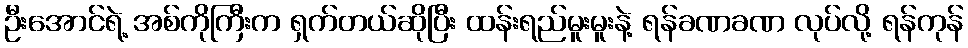
ဦးအောင်ရဲ့ အစ်ကိုကြီးက ရှက်တယ်ဆိုပြီး ထန်းရည်မူးမူးနဲ့ ရန်ခဏခဏ လုပ်လို့ ရန်ကုန်